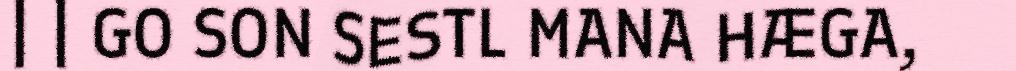
| | GO SON SESTL MANA HÆGA,